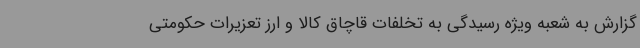
گزارش به شعبه ویژه رسیدگی به تخلفات قاچاق کالا و ارز تعزیرات حکومتی